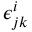
\epsilon _ { j k } ^ { i }